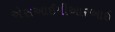
એસઆઈપીઆરઆઈ